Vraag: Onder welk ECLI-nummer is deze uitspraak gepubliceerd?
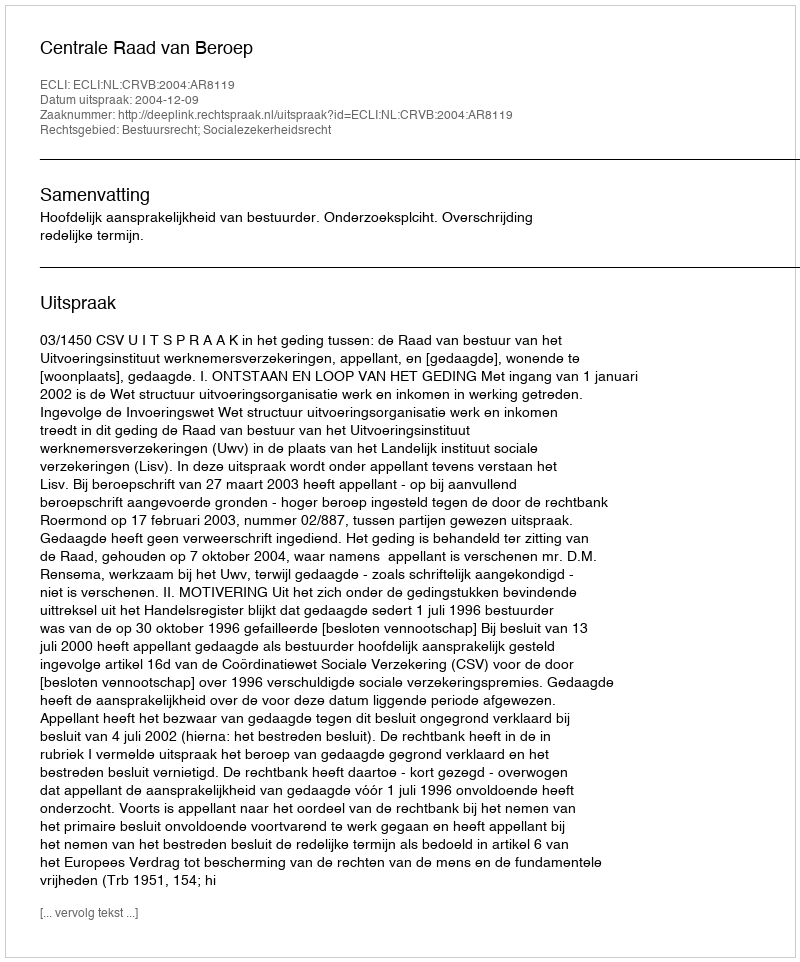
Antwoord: ECLI:NL:CRVB:2004:AR8119